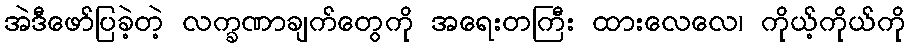
အဲဒီဖော်ပြခဲ့တဲ့ လက္ခဏာချက်တွေကို အရေးတကြီး ထားလေလေ၊ ကိုယ့်ကိုယ်ကို